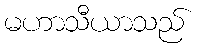
မဟာသီယာသည်